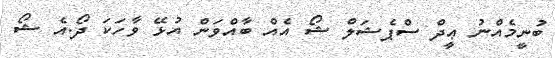
ބުނީމެއްނު ޢީދް ސްޕެޝަލް ޝޯ އެއް ބާއްވަން އުޅޭ ވާހަކަ ދޯ.އެ ޝޯ